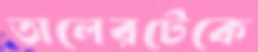
তালেরটেকে